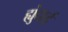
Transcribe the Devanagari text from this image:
ह्युंदाई